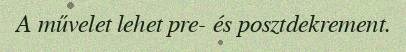
A művelet lehet pre- és posztdekrement.